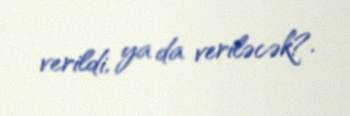
verildi, ya da veriləcək?.